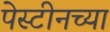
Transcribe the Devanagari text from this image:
पेस्टीनच्या